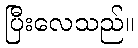
ပြီးလေသည်။